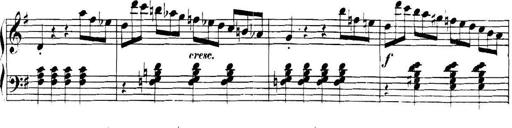
Title: Collected Piano Sonatas
Composer: Muzio Clementi